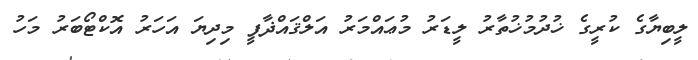
ލީބިޔާގެ ކުރީގެ ޚުދުމުޚުތާރު ލީޑަރު މުޢައްމަރު އަލްޤައްޛާފީ މިދިޔަ އަހަރު އޮކްޓޯބަރު މަހު